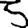
Digit: 5